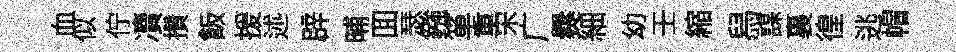
血似佇凟攢飯援述辟晡囬瑟鏹箪重宋广爨細幼壬縮舄謀裏徨逃帽